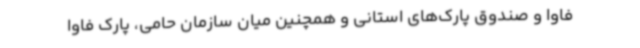
فاوا و صندوق پارک‌های استانی و همچنین میان سازمان حامی، پارک فاوا